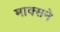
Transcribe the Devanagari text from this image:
माक्सने